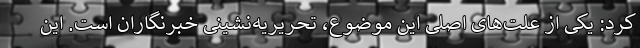
کرد: یکی از علت‌های اصلی این موضوع، تحریریه‌نشینی خبرنگاران است. این